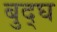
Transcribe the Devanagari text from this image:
बुद्घ